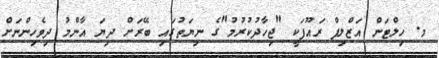
މ. ހިލްޓަން އަޒްލިފް ރައޫފަކީ "ޖިހާދުކުރުމު"ގެ ނިޔަތުގައި ބޭރަށް ދިޔަ އާންމު ދިވެހިންނަށް